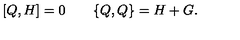
[ Q , H ] = 0 \qquad \{ Q , Q \} = H + G .